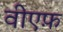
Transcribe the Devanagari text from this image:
वीएफ़